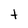
Character: t